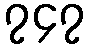
၇၄၇